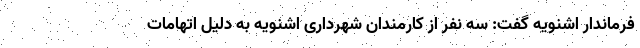
فرماندار اشنویه گفت: سه نفر از کارمندان شهرداری اشنویه به دلیل اتهامات